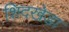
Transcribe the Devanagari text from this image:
शिदखेडा